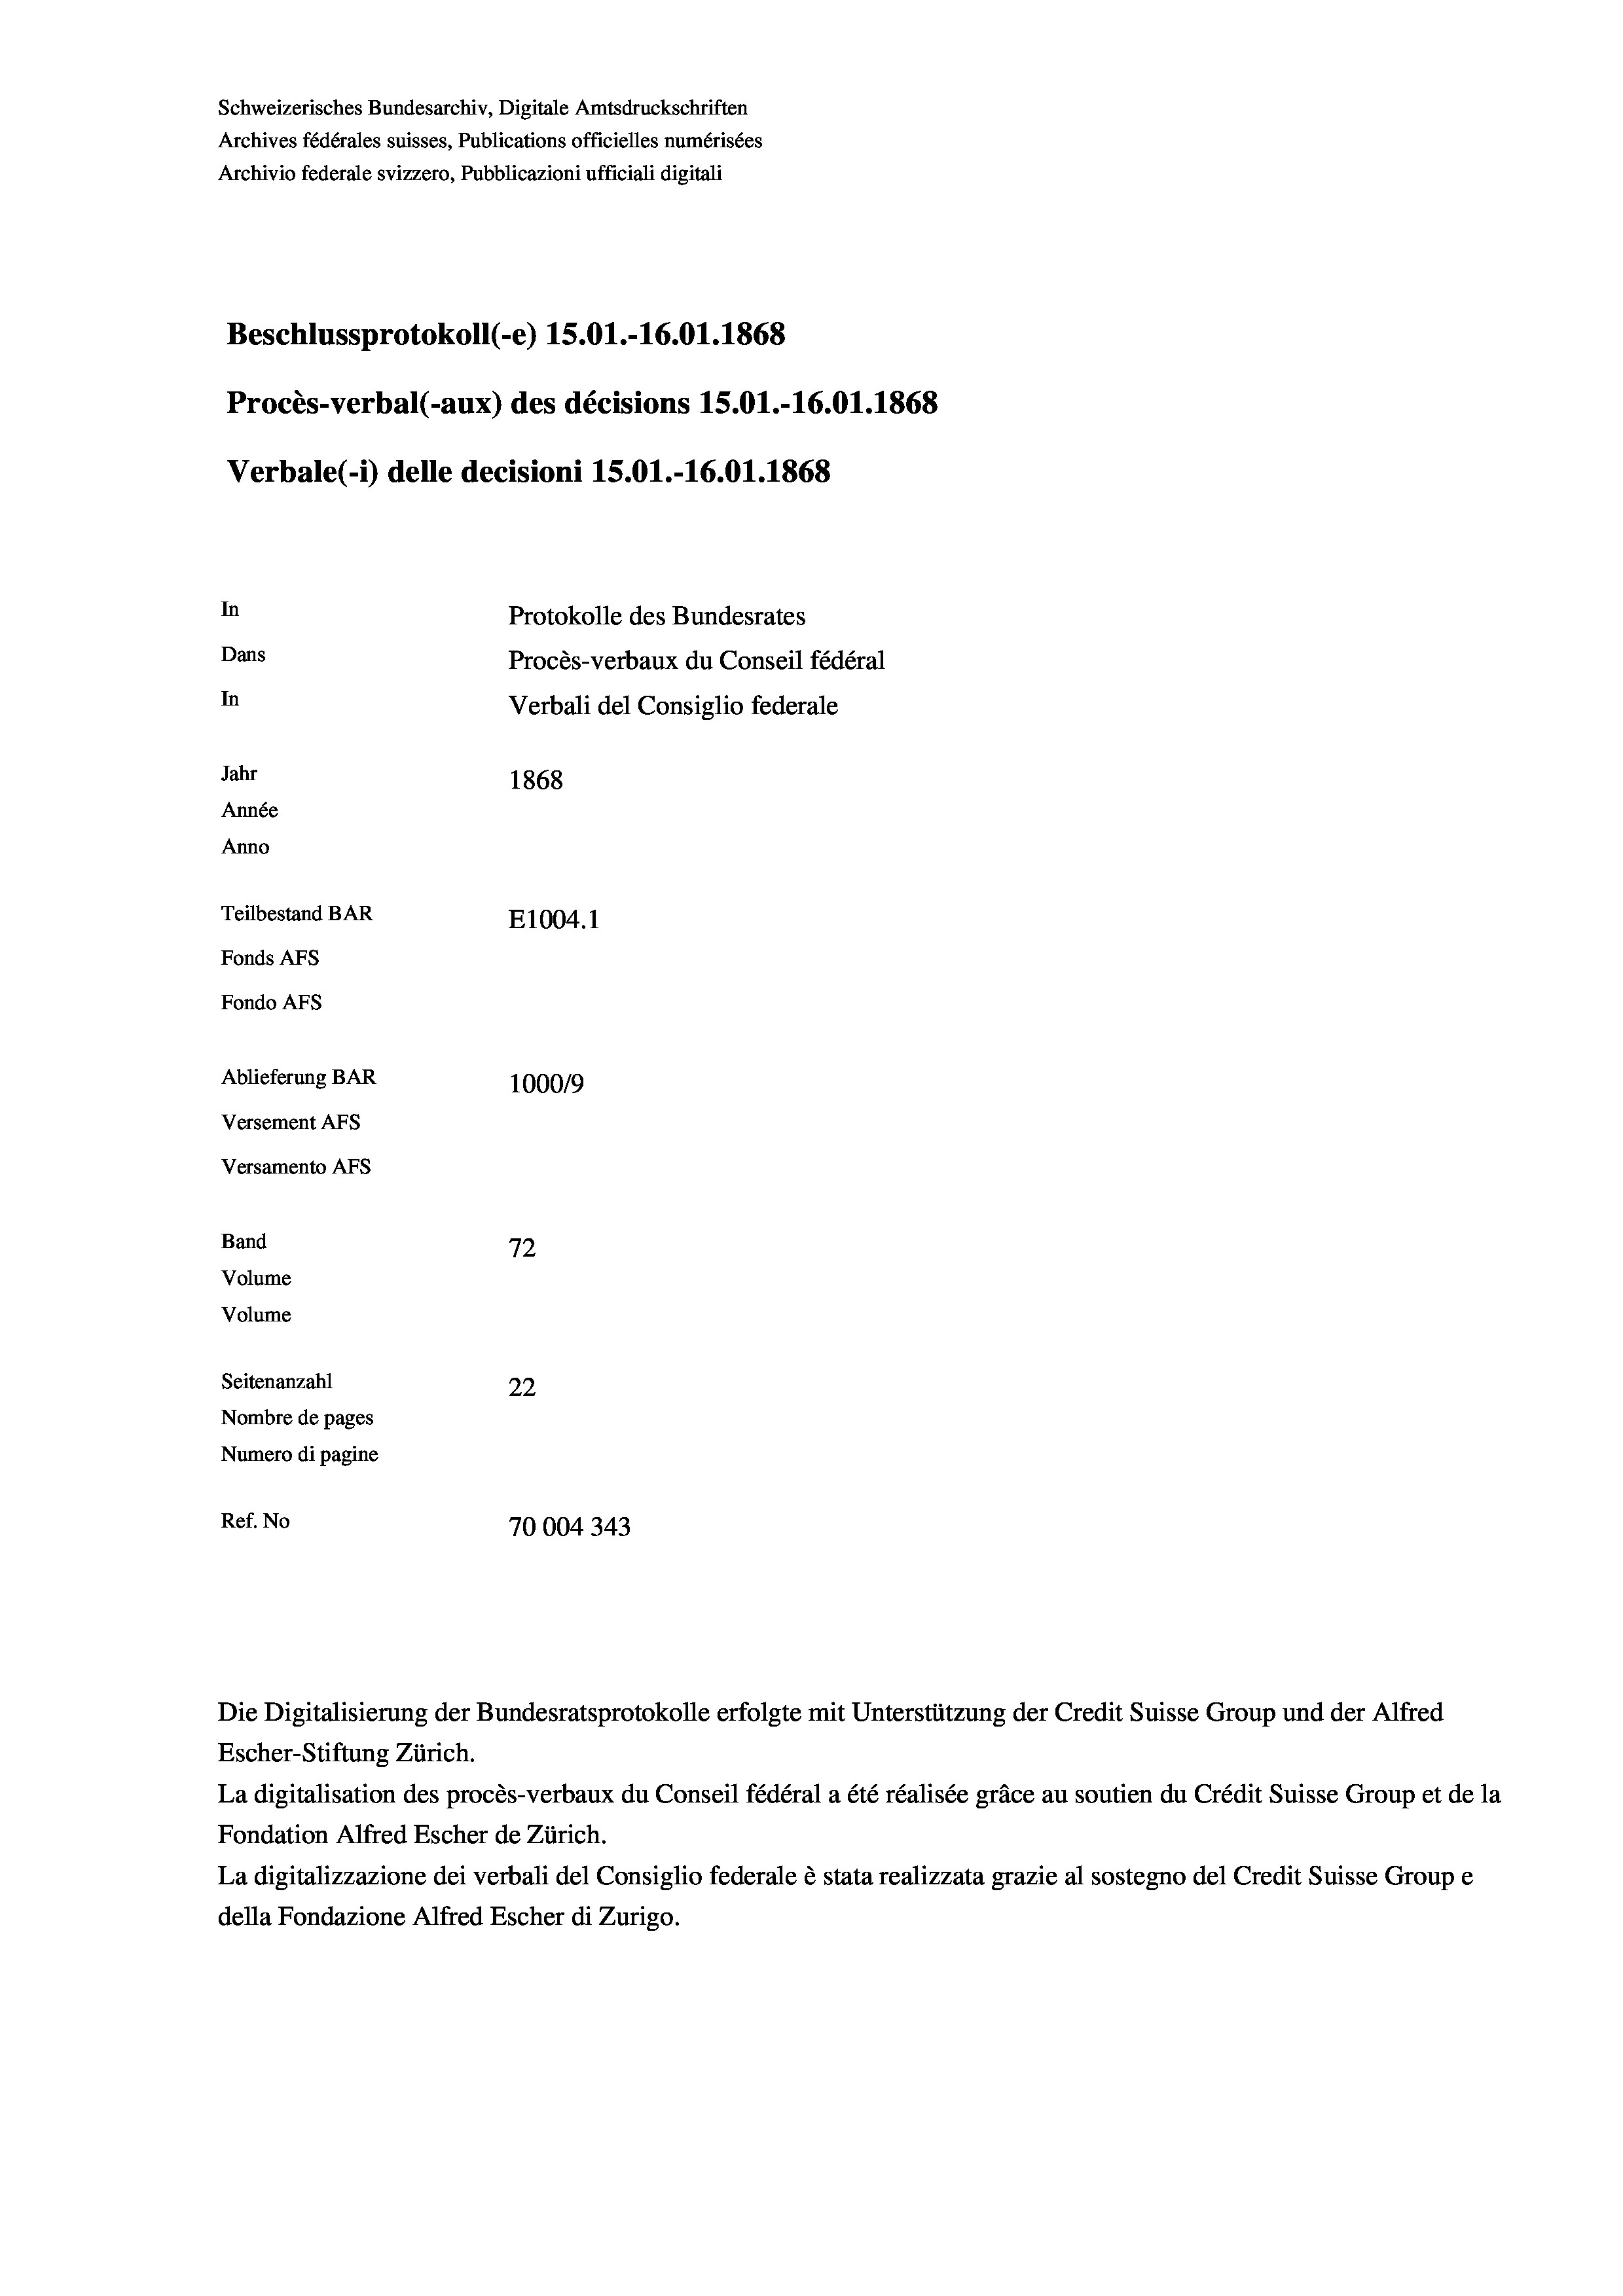
Schweizerisches Bundesarchiv, Digitale Amtsdruckschriften
Archives fédérales suisses, Publications officielles numérisées
Archivio federale svizzero, Pubblicazioni ufficiali digitali
Beschlussprotokoll (-e) 15.01.-16.01. 1868
Procès-verbal (-aux) des décisions 15.01.-16.01. 1868
Verbale(-*) delle decisioni 15.01.-16.01. 1868
In
Protokolle des Bundesrates
Dans
Procès-verbaux du Conseil fédéral
In
Verbali del Consiglio federale
Jahr
1868
Année
Anno
Teilbestand BAR
E1004. 1
Fonds AFs
Fondo AFS
Ablieferung BAR
100019
Versement AFs
Versamento AFs
Band
72
Volume
Volume
Seitenanzahl
22

Nombre de pages
Numero di pagine
Ref. No
70004343

La digitalisation des procès-verbaux du Conseil fédéral a été réalisée gräce au soutien du Crédit Suisse Group et de la
Fondation Alfred Escher de Zürich.
La digitalizzazione dei verbali del Consiglio federale è stata realizzata grazie al sostegno del Credit Suisse Groupe
della Fondazione Alfred Escher di Zurigo.

Die Digitalisierung der Bundesratsprotokolle erfolgte mit Unterstützung der Credit Suisse Group und der Alfred
Escher-Stiftung Zürich.